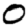
Digit: 0